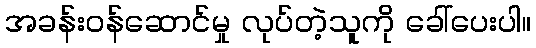
အခန်းဝန်ဆောင်မှု လုပ်တဲ့သူကို ခေါ်ပေးပါ။